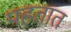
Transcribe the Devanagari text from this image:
पहतात